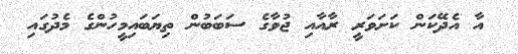
އާ އެދޭކަން ކަށަވަރީ ރާއާއި ޖުވާގެ ސަބަބުން ތިޔަބައިމީހުންގެ މެދުގައި